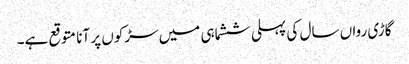
گاڑی رواں سال کی پہلی ششماہی میں سڑکوں پر آنا متوقع ہے۔